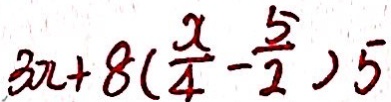
3 x + 8 ( \frac { x } { 4 } - \frac { 5 } { 2 } ) 5